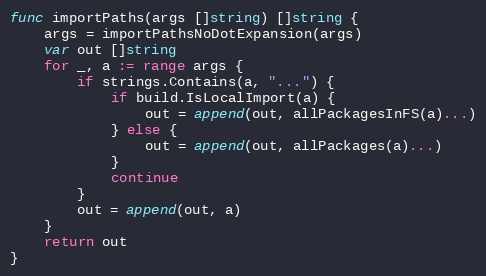
Language: Go
func importPaths(args []string) []string {
	args = importPathsNoDotExpansion(args)
	var out []string
	for _, a := range args {
		if strings.Contains(a, "...") {
			if build.IsLocalImport(a) {
				out = append(out, allPackagesInFS(a)...)
			} else {
				out = append(out, allPackages(a)...)
			}
			continue
		}
		out = append(out, a)
	}
	return out
}